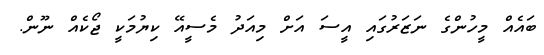
ބައެއް މީހުންގެ ނަޒަރުގައި އީސަ އަށް މިއަދު މެސީއޭ ކިޔުމަކީ ޖޯކެއް ނޫން.